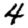
Digit: 4